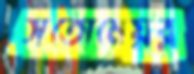
সতোমেয়র